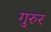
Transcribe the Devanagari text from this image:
गुरुर